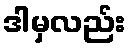
ဒါမှလည်း